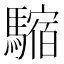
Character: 𩥿